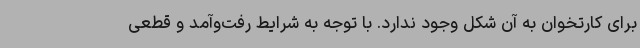
برای کارتخوان به آن شکل وجود ندارد. با توجه به شرایط رفت‌وآمد و قطعی